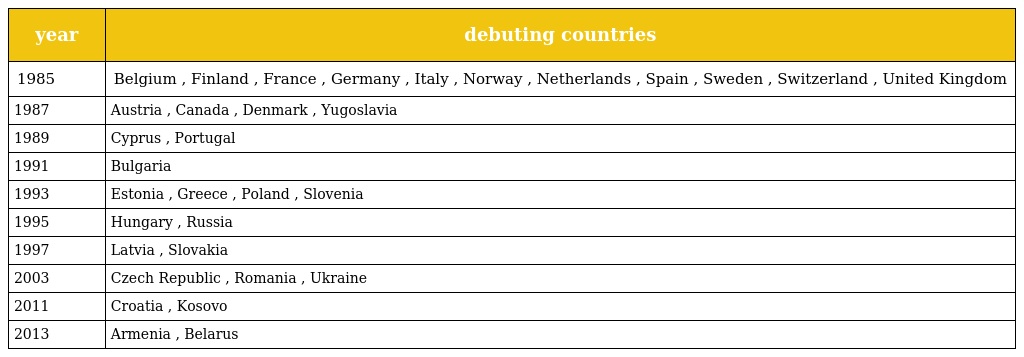
| year | debuting countries |
 | --- | --- |
 | 1985 | Belgium , Finland , France , Germany , Italy , Norway , Netherlands , Spain , Sweden , Switzerland , United Kingdom |
 | 1987 | Austria , Canada , Denmark , Yugoslavia |
 | 1989 | Cyprus , Portugal |
 | 1991 | Bulgaria |
 | 1993 | Estonia , Greece , Poland , Slovenia |
 | 1995 | Hungary , Russia |
 | 1997 | Latvia , Slovakia |
 | 2003 | Czech Republic , Romania , Ukraine |
 | 2011 | Croatia , Kosovo |
 | 2013 | Armenia , Belarus |